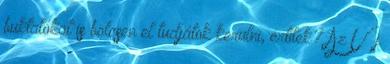
buktatókat is bölcsen el tudjátok kerülni, értitek? Az Új